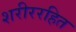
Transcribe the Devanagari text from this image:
शरीररहित